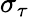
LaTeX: \sigma_{\tau}